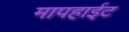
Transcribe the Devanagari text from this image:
मापहाईट